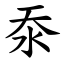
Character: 沗